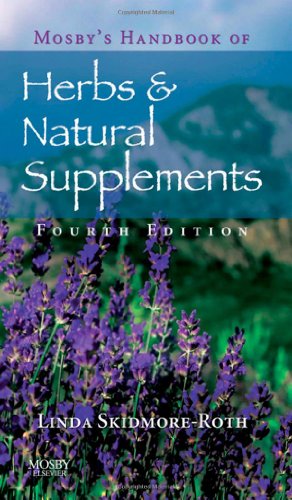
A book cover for Mosby's Handbook of Herbs & Natural Supplements, 4e; Linda Skidmore-Roth RN  MSN  NP; Medical Books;